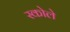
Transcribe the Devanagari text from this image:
स्कोले